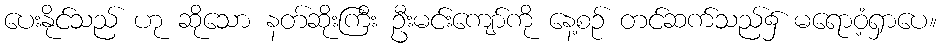
ပေးနိုင်သည် ဟု ဆိုသော နတ်ဆိုးကြီး ဦးမင်းကျော်ကို နေ့စဉ် တင်ဆက်သည်၌ မရောဝံ့ရှာပေ။